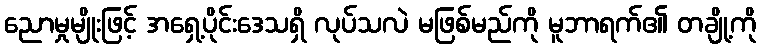
ညောမှုမျိုးဖြင့် အရှေ့ပိုင်းဒေသရှိ လုပ်သလဲ မဖြစ်မည်ကို မူဘာရက်၏ တချို့ကို